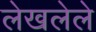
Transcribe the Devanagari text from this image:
लेखलेले